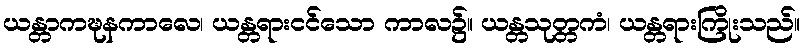
ယန္တာကဍ္ဎနကာလေ၊ ယန္တရားငင်သော ကာလ၌။ ယန္တသုတ္တကံ၊ ယန္တရားကြိုးသည်။